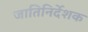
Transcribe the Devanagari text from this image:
जातिनिर्देशक